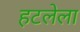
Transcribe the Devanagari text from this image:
हटलेला